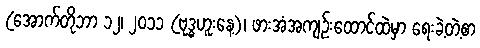
(အောက်တိုဘာ ၁၂၊ ၂၀၁၁ (ဗုဒ္ဓဟူးနေ့)၊ ဖားအံအကျဉ်းထောင်ထဲမှာ ရေးခဲ့တဲ့စာ